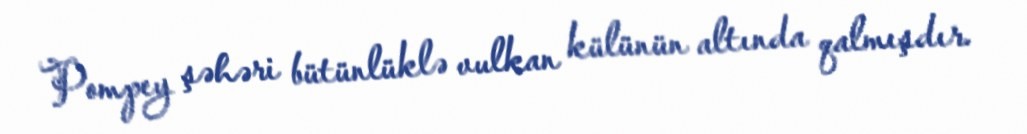
Pompey şəhəri bütünlüklə vulkan külünün altında qalmışdır.